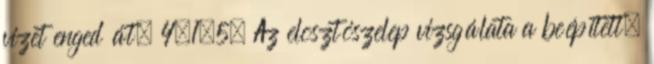
vizet enged át. 4.1.5. Az elosztószelep vizsgálata a beépített,